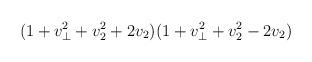
LaTeX: \begin{align*} (1+v_\perp^2 + v_{2}^2 +2 v_{2})(1+v_\perp^2 + v_{2}^2 -2 v_{2})\end{align*}